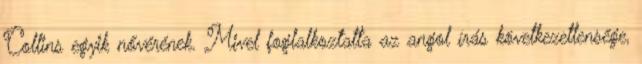
Collins egyik nővérének. Mivel foglalkoztatta az angol írás következetlensége,